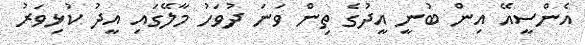
އެންސީއޭ އިން ބުނީ އީދުގެ ތިން ވަނަ ދުވަހު މާލޭގައި އީދު ކުޅިވަރު